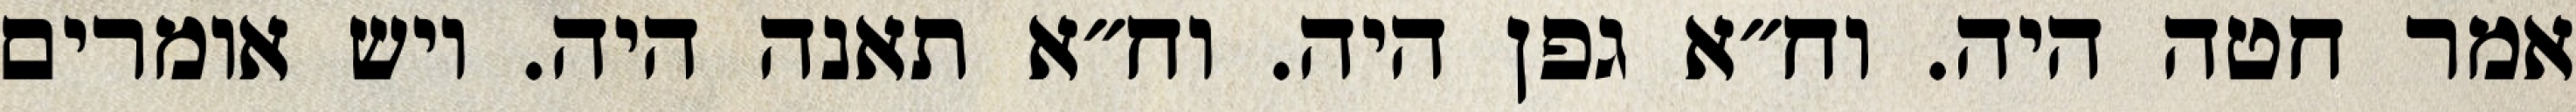
אמר חטה היה. וח״א גפן היה. וח״א תאנה היה. ויש אומרים